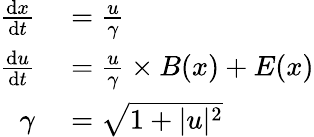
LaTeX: \begin{array}{rl}{\frac{\mathrm{d}x}{\mathrm{d}t}}&{{}=\frac{u}{\gamma}}\\ {\frac{\mathrm{d}u}{\mathrm{d}t}}&{{}=\frac{u}{\gamma}\times B(x)+E(x)}\\ {\gamma}&{{}=\sqrt{1+|u|^{2}}}\end{array}